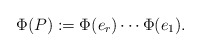
\begin{align*}\Phi(P):=\Phi(e_r) \cdots \Phi(e_1).\end{align*}